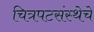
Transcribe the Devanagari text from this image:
चित्रपटसंस्थेचे